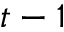
t - 1